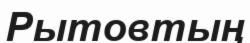
Рытовтың